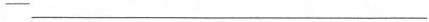
—— ___